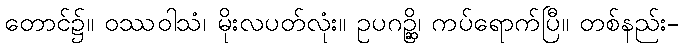
တောင်၌။ ဝဿဝါသံ၊ မိုးလပတ်လုံး။ ဥပဂဉ္ဆိ၊ ကပ်ရောက်ပြီ။ တစ်နည်း-